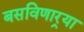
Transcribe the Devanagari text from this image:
बसविणार्‍या